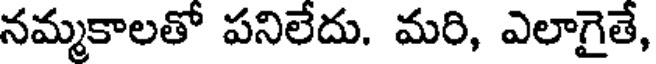
నమ్మకాలతో పనిలేదు. మరి, ఎలాగైతే,